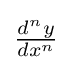
{\textstyle {\frac {d^{n}y}{dx^{n}}}}